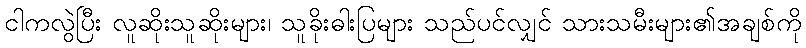
ငါကလွဲပြီး လူဆိုးသူဆိုးများ၊ သူခိုးဓါးပြများ သည်ပင်လျှင် သားသမီးများ၏အချစ်ကို